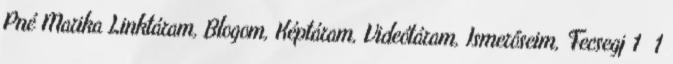
Pné Marika Linktáram, Blogom, Képtáram, Videótáram, Ismerőseim, Fecsegj 1 1